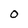
Character: O